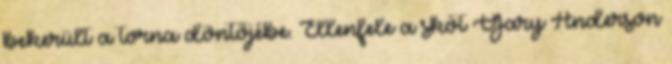
bekerült a torna döntőjébe. Ellenfele a skót Gary Anderson